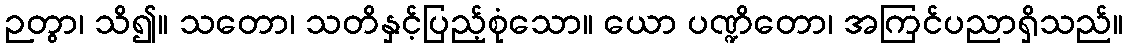
ဉတွာ၊ သိ၍။ သတော၊ သတိနှင့်ပြည့်စုံသော။ ယော ပဏ္ဍိတော၊ အကြင်ပညာရှိသည်။